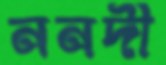
ননদী